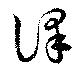
譯